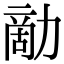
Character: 𠢗